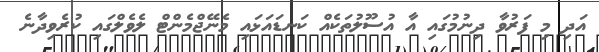
އަދި މި ފަރުވާ ދިނުމުގައި އާ އުސޫލުތަކެއް ކަނޑައަޅައި މެނޭޖްމެންޓް ލެވެލްގައި ކުރެވިދާނެ